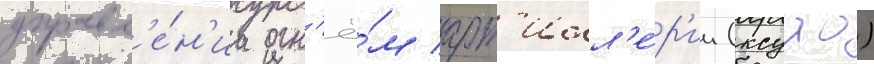
управл'е́н'иа огн'ё́м арт'илл'е́р'ии (ксуао)